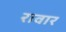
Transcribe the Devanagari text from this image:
रावार